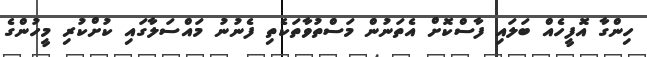
ހިންގާ އޮފީހެއް ބަލައި ފާސްކޮށް އެތަނުން މަސްތުވާތަކެތި ފެނުނު މައްސަލާގައި ކުށްކުރި މީހުންގެ